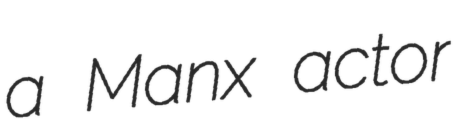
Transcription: a Manx actor